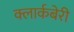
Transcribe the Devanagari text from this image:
क्लार्कबेरी